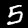
Label: 5